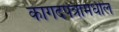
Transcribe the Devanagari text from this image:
कागदपत्रांमधील